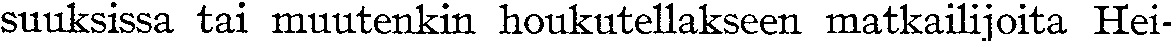
suuksissa tai muutenkin houkutellakseen matkailijoita Hei-